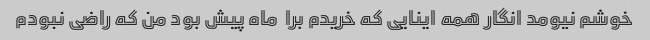
خوشم نیومد انگار همه اینایی که خریدم برا  ماه پیش بود من که راضی نبودم